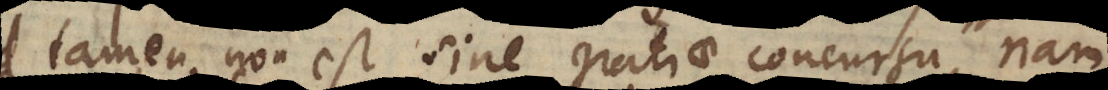
tamen non est sine gratiae concursu, nam